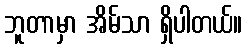
ဘူတာမှာ အိမ်သာ ရှိပါတယ်။